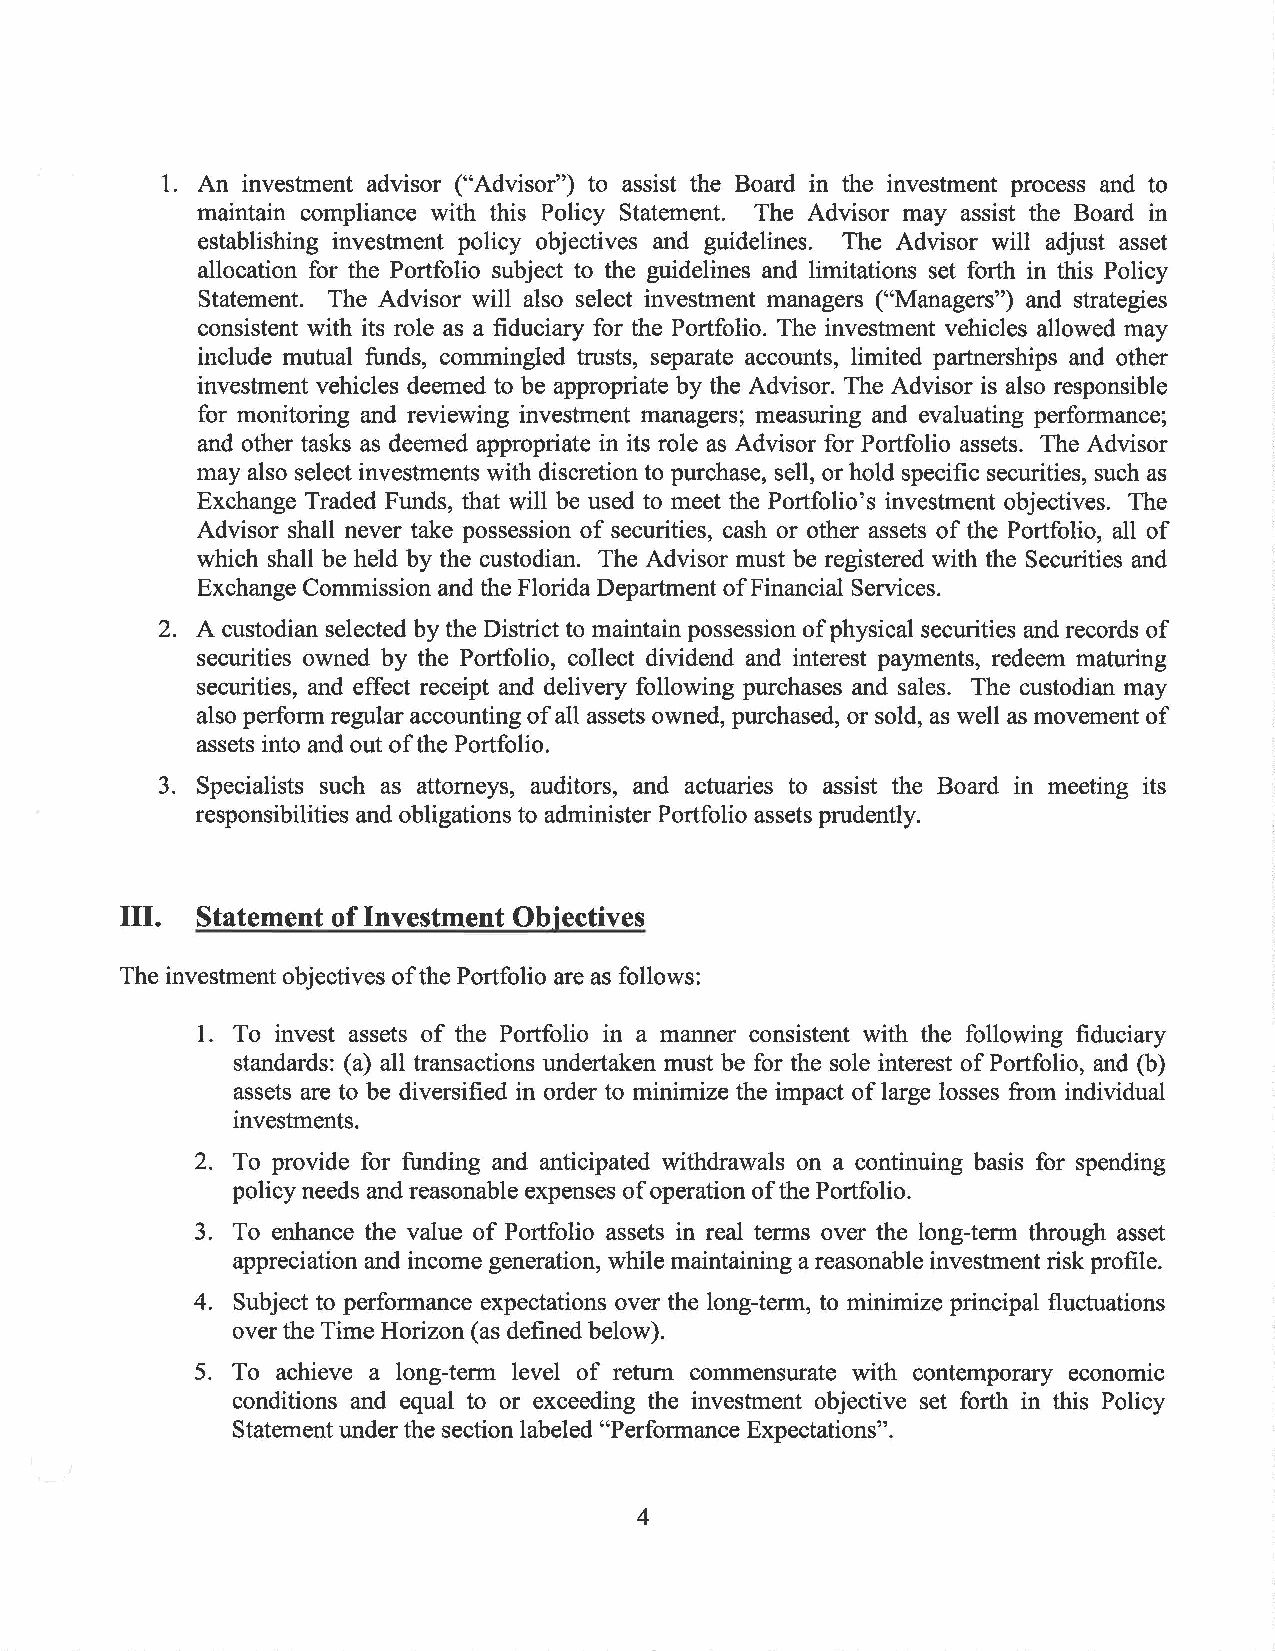
1. An investment advisor ("Advisor") to assist the Board in the investment process and to
 maintain compliance with this Policy Statement. The Advisor may assist the Board in
 establishing investment policy objectives and guidelines. The Advisor will adjust asset
 allocation for the Portfolio subject to the guidelines and limitations set forth in this Policy
 Statement. The Advisor will also select investment managers ("Managers") and strategies
 consistent with its role as a fiduciary for the Portfolio. The investment vehicles allowed may
 include mutual funds, commingled trusts, separate accounts, limited partnerships and other
 investment vehicles deemed to be appropriate by the Advisor. The Advisor is also responsible
 for monitoring and reviewing investment managers; measuring and evaluating performance;
 and other tasks as deemed appropriate in its role as Advisor for Portfolio assets. The Advisor
 may also select investments with discretion to purchase, sell, or hold specific securities, such as
 Exchange Traded Funds, that will be used to meet the Portfolio's investment objectives. The
 Advisor shall never take possession of securities, cash or other assets of the Portfolio, all of
 which shall be held by the custodian. The Advisor must be registered with the Securities and
 Exchange Commission and the Florida Department of Financial Services.
 2. A custodian selected by the District to maintain possession of physical securities and records of
 securities owned by the Portfolio, collect dividend and interest payments, redeem maturing
 securities, and effect receipt and delivery following purchases and sales. The custodian may
 also perform regular accounting of all assets owned, purchased, or sold, as well as movement of
 assets into and out of the Portfolio.
 3. Specialists such as attorneys, auditors, and actuaries to assist the Board in meeting its
 responsibilities and obligations to administer Portfolio assets prudently.
 III. Statement of Investment Objectives
 The investment objectives of the Portfolio are as follows:
 1. To invest assets of the Portfolio in a manner consistent with the following fiduciary
 standards: (a) all transactions undertaken must be for the sole interest of Portfolio, and (b)
 assets are to be diversified in order to minimize the impact of large losses from individual
 investments.
 2. To provide for funding and anticipated withdrawals on a continuing basis for spending
 policy needs and reasonable expenses of operation of the Portfolio.
 3. To enhance the value of Portfolio assets in real terms over the long-term through asset
 appreciation and income generation, while maintaining a reasonable investment risk profile.
 4. Subject to performance expectations over the long-term, to minimize principal fluctuations
 over the Time Horizon (as defined below).
 5. To achieve a long-term level of return commensurate with contemporary economic
 conditions and equal to or exceeding the investment objective set forth in this Policy
 Statement under the section labeled "Performance Expectations".
 4